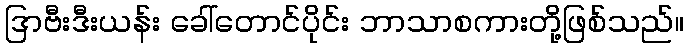
ဒြာဗီးဒီးယန်း ခေါ်တောင်ပိုင်း ဘာသာစကားတို့ဖြစ်သည်။